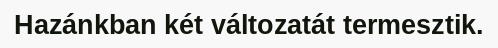
Hazánkban két változatát termesztik.